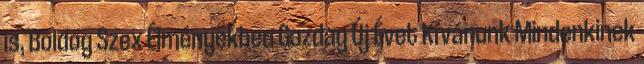
is, Boldog Szex Élményekben Gazdag Új Évet Kívánunk Mindenkinek